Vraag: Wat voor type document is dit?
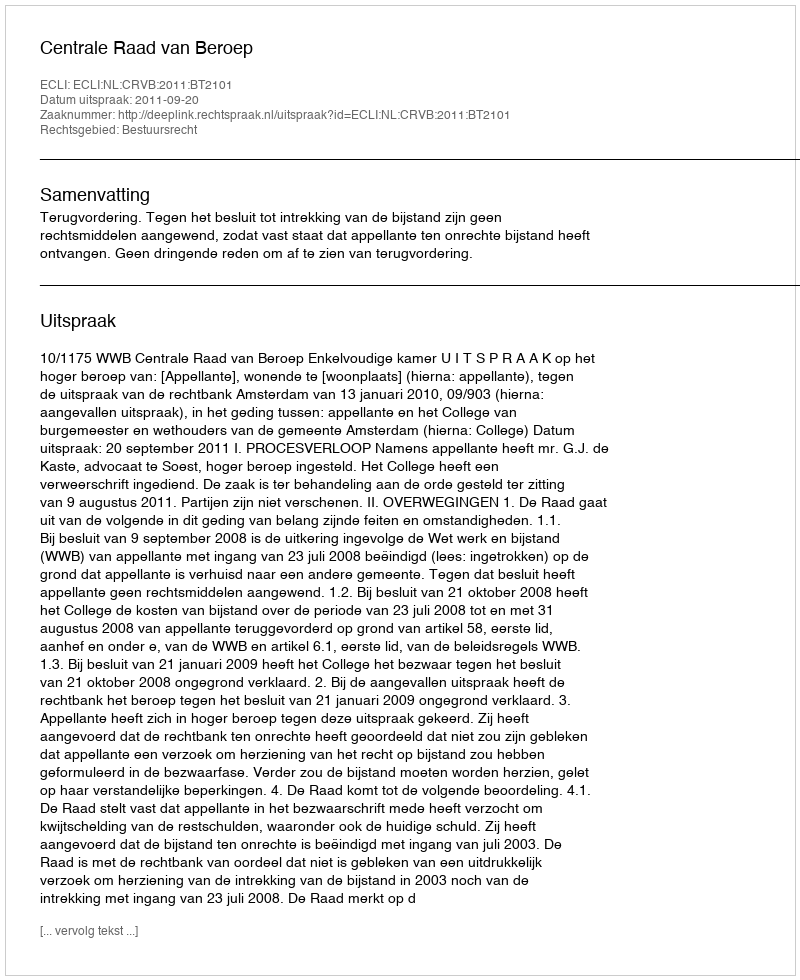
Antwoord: Uitspraak